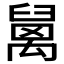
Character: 𥝅